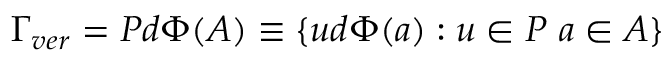
\Gamma _ { v e r } = P d \Phi ( A ) \equiv \{ u d \Phi ( a ) : u \in P \ a \in A \}